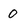
Character: 0